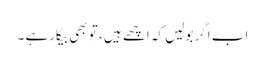
اب اگر بولیں کہ اچھے ہیں ، تو بھی بیکارہے ۔